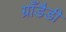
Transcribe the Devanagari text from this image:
ग्राँडैडी